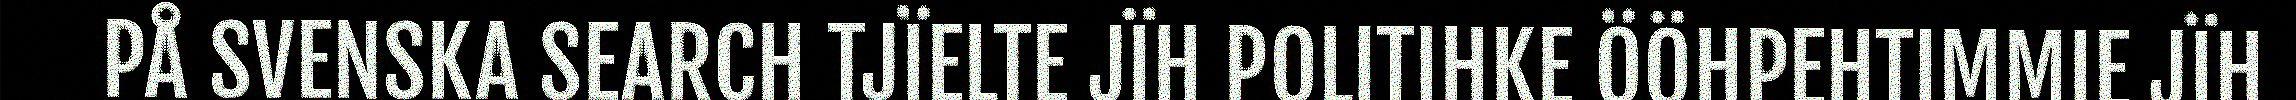
PÅ SVENSKA SEARCH TJÏELTE JÏH POLITIHKE ÖÖHPEHTIMMIE JÏH